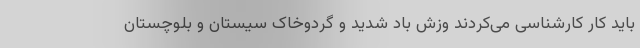
باید کار کارشناسی می‌کردند وزش باد شدید و گردوخاک سیستان و بلوچستان